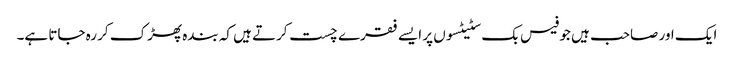
ایک اور صاحب ہیں جو فیس بک سٹیٹسوں پر ایسے فقرے چست کرتے ہیں کہ بندہ پھڑک کر رہ جاتا ہے۔